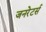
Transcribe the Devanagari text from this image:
जनरेटर्स